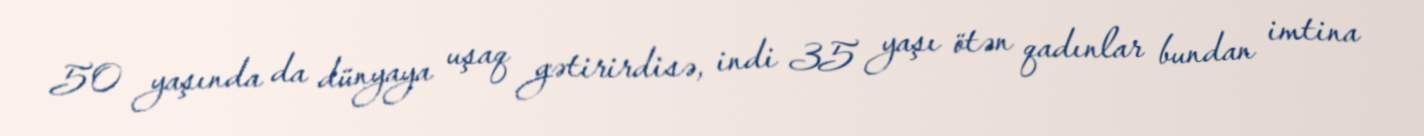
50 yaşında da dünyaya uşaq gətirirdisə, indi 35 yaşı ötən qadınlar bundan imtina